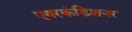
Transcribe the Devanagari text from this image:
एयरकंडिशनर